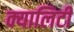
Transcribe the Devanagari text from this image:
क्यालिटी